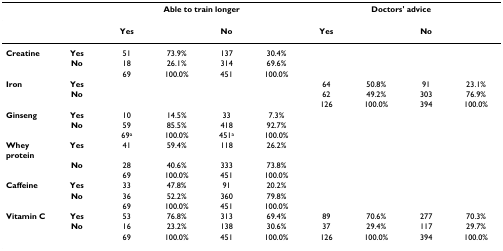
|  |  | <COLSPAN=4> Able to train longer | <COLSPAN=4> Doctors' advice |
 | --- | --- | --- | --- | --- | --- | --- | --- | --- | --- |
 |  |  | Yes |  | No |  | Yes |  | No |  |
 | Creatine | Yes | 51 | 73.9% | 137 | 30.4% |  |  |  |  |
 |  | No | 18 | 26.1% | 314 | 69.6% |  |  |  |  |
 |  |  | 69 | 100.0% | 451 | 100.0% |  |  |  |  |
 | Iron | Yes |  |  |  |  | 64 | 50.8% | 91 | 23.1% |
 |  | No |  |  |  |  | 62 | 49.2% | 303 | 76.9% |
 |  |  |  |  |  |  | 126 | 100.0% | 394 | 100.0% |
 | Ginseng | Yes | 10 | 14.5% | 33 | 7.3% |  |  |  |  |
 |  | No | 59 | 85.5% | 418 | 92.7% |  |  |  |  |
 |  |  | 69a | 100.0% | 451a | 100.0% |  |  |  |  |
 | Whey protein | Yes | 41 | 59.4% | 118 | 26.2% |  |  |  |  |
 |  | No | 28 | 40.6% | 333 | 73.8% |  |  |  |  |
 |  |  | 69 | 100.0% | 451 | 100.0% |  |  |  |  |
 | Caffeine | Yes | 33 | 47.8% | 91 | 20.2% |  |  |  |  |
 |  | No | 36 | 52.2% | 360 | 79.8% |  |  |  |  |
 |  |  | 69 | 100.0% | 451 | 100.0% |  |  |  |  |
 | Vitamin C | Yes | 53 | 76.8% | 313 | 69.4% | 89 | 70.6% | 277 | 70.3% |
 |  | No | 16 | 23.2% | 138 | 30.6% | 37 | 29.4% | 117 | 29.7% |
 |  |  | 69 | 100.0% | 451 | 100.0% | 126 | 100.0% | 394 | 100.0% |